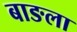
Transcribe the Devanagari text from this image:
बाङला